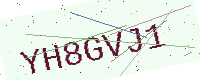
Text: YH8GVJ1